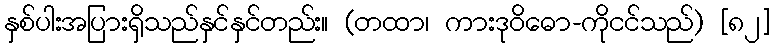
နှစ်ပါးအပြားရှိသည်နှင်နှင်တည်း။ (တထာ၊ ကားဒုဝိဓော-ကိုငင်သည်) [၈၂]